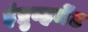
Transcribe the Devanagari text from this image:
इंप्रुव्हमेंट